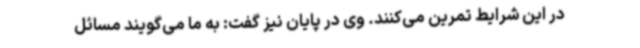
در این شرایط تمرین می‌کنند. وی در پایان نیز گفت: به ما می‌گویند مسائل